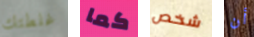
غلطتك كما شخص أن